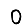
Digit: 0